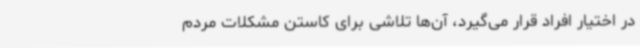
در اختیار افراد قرار می‌گیرد، آن‌ها تلاشی برای کاستن مشکلات مردم